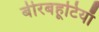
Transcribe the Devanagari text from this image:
बीरबहूटियाँ